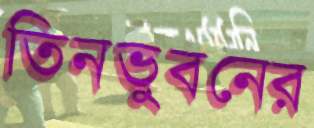
তিনভুবনের